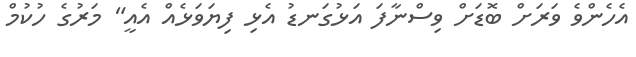
އެހެންވެ ވަރަށް ބޮޑަށް ވިސްނާފަ އަޅުގަނޑު އެޅި ފިޔަވަޅެއް އެއީ" މަރުގެ ހުކުމް